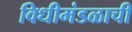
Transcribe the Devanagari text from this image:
विधीमंडळाची